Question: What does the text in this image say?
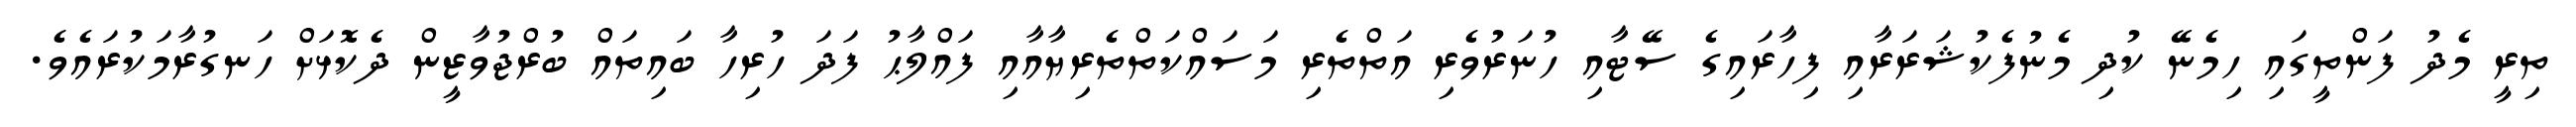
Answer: ތިރީ މެދު ފަންތީގައި ހިމެނޭ ކުދި މެނުފެކުޝަރަރާއި ފިހާރައިގެ ސޭޓާއި ހުނަރުވެރި އަތްތެރި މަސައްކަތްތެރިޔާއާއި ފައްލާޙު ފަދަ ހުރިހާ ބައިތައް ބުރްޖުވާޒީން ދެކޮޅަށް ހަނގުރާމަކުރައެވެ.